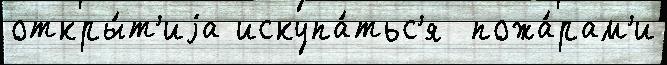
откры́т'иjа искупа́тьс'я  пожа́рам'и